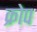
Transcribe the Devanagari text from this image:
क्रोप